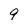
Character: 9